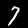
Digit: 7